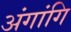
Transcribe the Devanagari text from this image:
अंगांगि